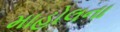
માહોલના